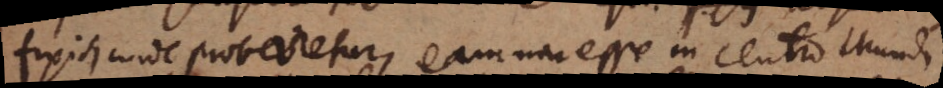
fixis, unde probaretur, eam non esse in centro Mundi